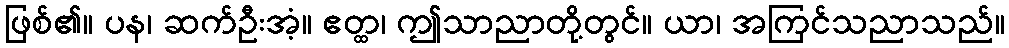
ဖြစ်၏။ ပန၊ ဆက်ဦးအံ့။ ဧတ္ထ၊ ဤသာညာတို့တွင်။ ယာ၊ အကြင်သညာသည်။